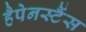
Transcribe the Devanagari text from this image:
हैपेनस्टैंस